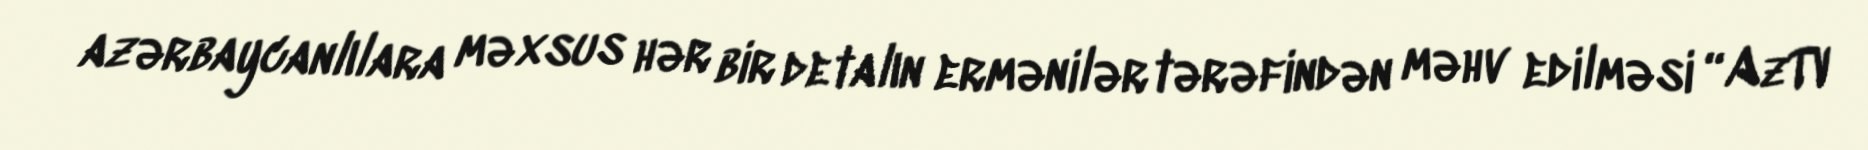
azərbaycanlılara məxsus hər bir detalın ermənilər tərəfindən məhv edilməsi “AzTV